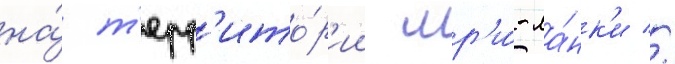
на́ т'ерр'ито́р'ии шр'и́-ла́нк'и //